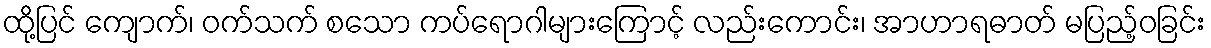
ထို့ပြင် ကျောက်၊ ဝက်သက် စသော ကပ်ရောဂါများကြောင့် လည်းကောင်း၊ အာဟာရဓာတ် မပြည့်ဝခြင်း